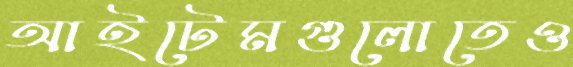
আইটেমগুলোতেও